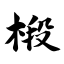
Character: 椴